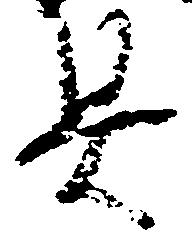
具